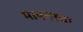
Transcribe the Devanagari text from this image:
मायनरचा